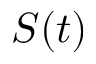
S ( t )